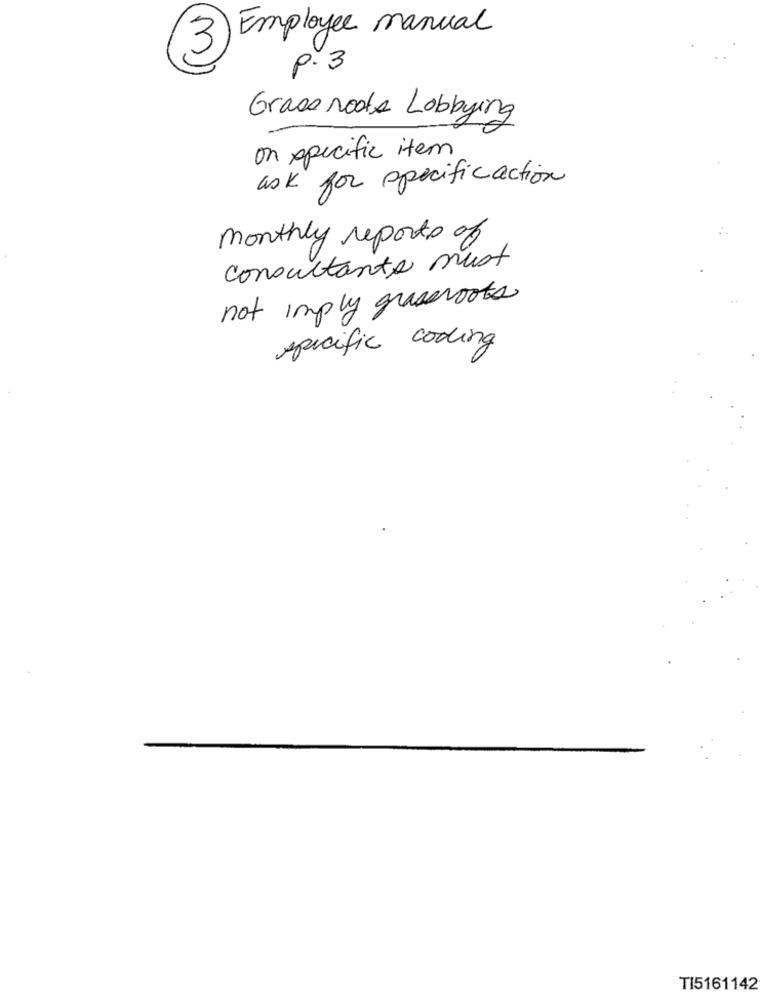
Employee manual
3
p.3
Grass roots Lobbying
on specific item
ask for specificaction
monthly reports of
consultante must
not imply grassroots
specific coding
TI5161142